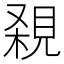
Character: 𧠸